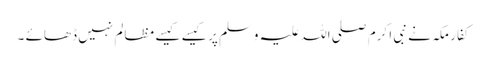
کفار مکہ نے نبی ا کرم صلی اللہ علیہ وسلم پر کیسے کیسے مظالم نہیں ڈھائے ۔